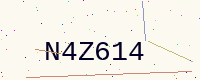
Text: N4Z614